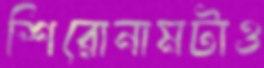
শিরোনামটাও